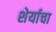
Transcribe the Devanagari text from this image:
शेर्याचा